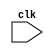
module neg (
   input clk
            );
   reg [0:-7] i8; initial i8 = '0;
   reg [-1:-48] i48; initial i48 = '0;
   reg [63:-64] i128; initial i128 = '0;
   always @ (posedge clk) begin
      i8 <= ~i8;
      i48 <= ~i48;
      i128 <= ~i128;
   end
endmodule